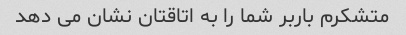
متشکرم باربر شما را به اتاقتان نشان می دهد